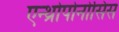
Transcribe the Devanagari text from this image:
एन्थ्रोपोनोसिस